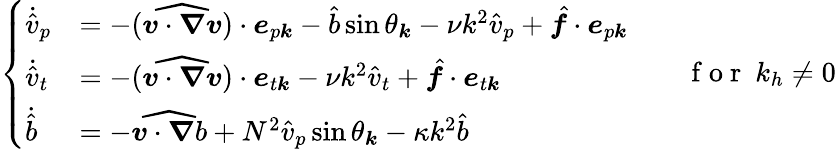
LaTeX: \begin{array}{r}{\left\{ \begin{array}{ll}{\dot{\hat{v}}_{p}}&{=-(\widehat{\boldsymbol{v}\cdot\boldsymbol{\nabla}\boldsymbol{v}})\cdot\boldsymbol{e}_{p\boldsymbol{k}}-\hat{b}\sin\theta_{\boldsymbol{k}}-\nu k^{2}\hat{v}_{p}+\hat{\boldsymbol{f}}\cdot\boldsymbol{e}_{p\boldsymbol{k}}}\\ {\dot{\hat{v}}_{t}}&{=-(\widehat{\boldsymbol{v}\cdot\boldsymbol{\nabla}\boldsymbol{v}})\cdot\boldsymbol{e}_{t\boldsymbol{k}}-\nu k^{2}\hat{v}_{t}+\hat{\boldsymbol{f}}\cdot\boldsymbol{e}_{t\boldsymbol{k}}}\\ {\dot{\hat{b}}}&{=-\widehat{\boldsymbol{v}\cdot\boldsymbol{\nabla}b}+N^{2}\hat{v}_{p}\sin\theta_{\boldsymbol{k}}-\kappa k^{2}\hat{b}}\end{array}\right.~~~~~~~~\mathrm{~f~o~r~}~k_{h}\neq 0}\end{array}